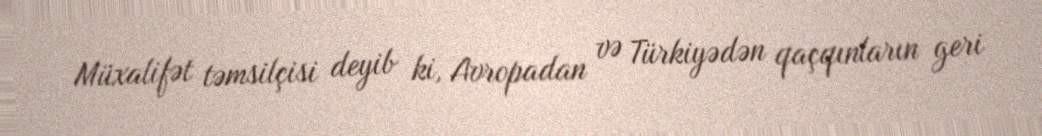
Müxalifət təmsilçisi deyib ki, Avropadan və Türkiyədən qaçqınların geri